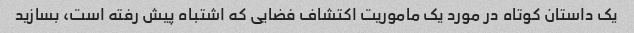
یک داستان کوتاه در مورد یک ماموریت اکتشاف فضایی که اشتباه پیش رفته است، بسازید